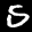
Label: 5